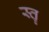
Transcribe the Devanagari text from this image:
स्‍तॄ